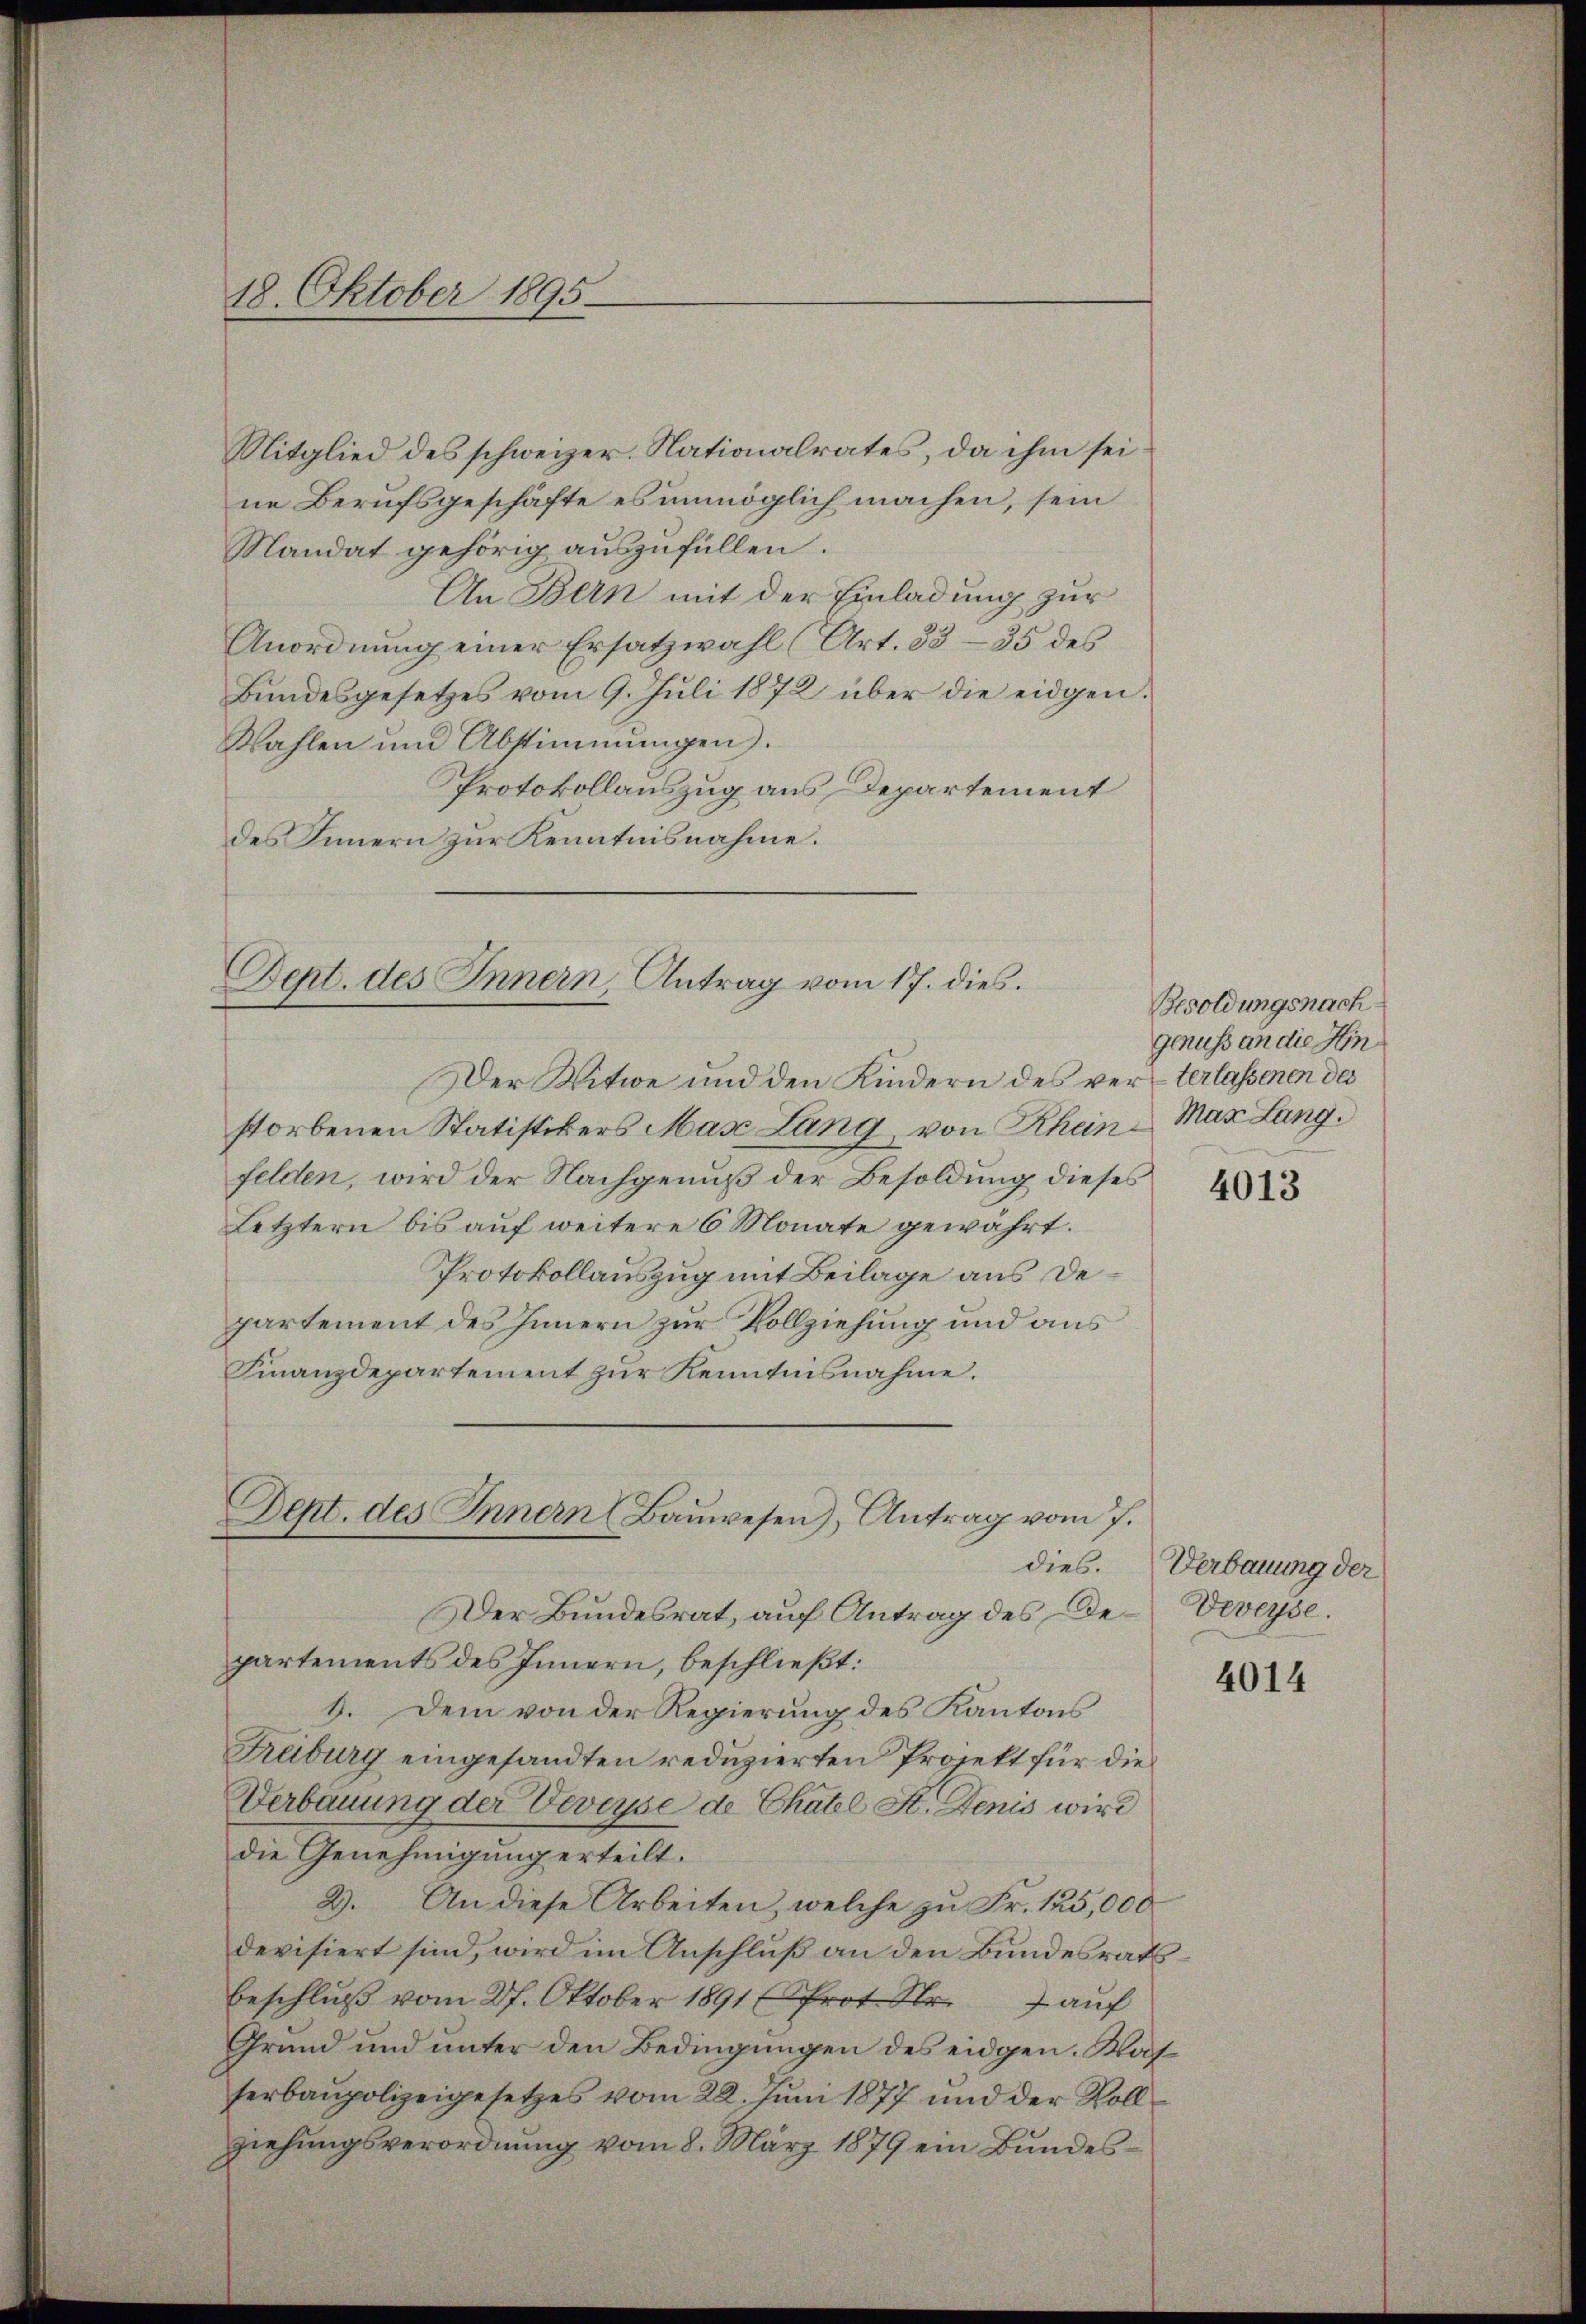
18. Oktober 1895

Mitglied des schweizer. Nationalrates, da ihm sei
ne Berufsgeschäfte es unmöglich machen, sein
Mandat gehörig auszufüllen.
An Bern mit der Einladung zur
Anordnung einer Ersatzwahl (Art. 33-35 des
Bŭndesgesetzes vom 9. Jŭli 1872 über die eidgen.
Wahlen und Abstimmungen.
Protokollauszug aus Departement
des Innern zur Kenntnisnahme.

Dept. des Innern, Antrag vom 17. dies

Dept. des Innern Baŭwesen), Antrag vom 7.

Der Witwe und den Kindern des versterlassenen des
storbenen Statistikers Mas Lang, von Rheine Max Langfelden, wird der Nachgenuß der Besoldung dieses
Letztern bis auf weitere 6 Monate gewährt.
Protokollauszug mit Beilage aus Departement des Innern zur Vollziehung und aus
Finanzdepartement zur Kenntnisnahme.
Der Bundesrat, auf Antrag des De-Veveyse.
partements des Innern, beschließt:
8. Dem von der Regierung des Kantons
Freiburg eingesandten reduzierten Projekt für die
Verbauung der Veveyse de Chatel St. Denis wird
die Genehmigung erteilt.
2). An diese Arbeiten, welche zu Fr. 125,000
devisiert sind, wird im Anschluß an den Bundesrats
beschluß vom 27. Oktober 1891 (Prot. Nr. 7 auf
Grund und unter den Bedingungen des eidgen. Wasserbaupolizeigesetzes vom 22. Juni 1877 und der Rollziehungsverordnung vom 8. März 1879 ein Bundes¬

Besoldungsnach
genuss an die Hin

4013

dies. Verbauung der

4014